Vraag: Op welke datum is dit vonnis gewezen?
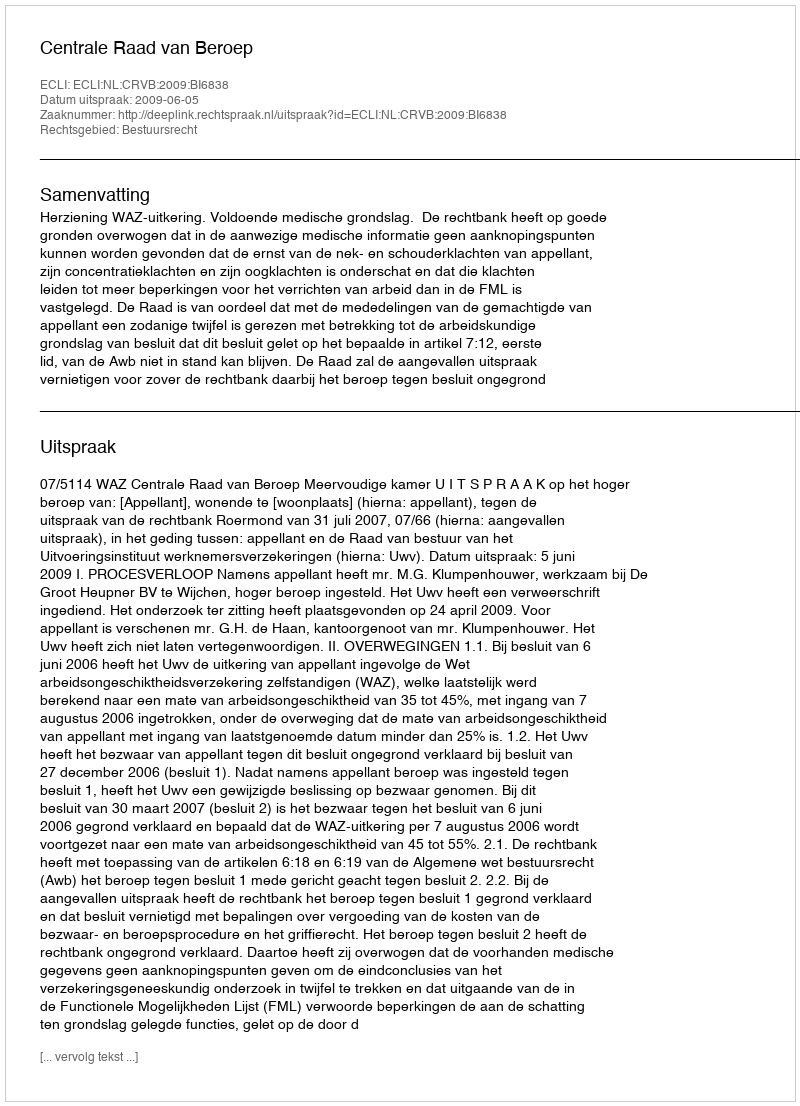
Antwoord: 2009-06-05